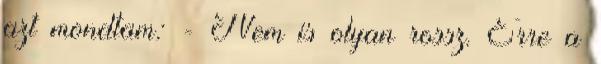
azt mondtam: - Nem is olyan rossz. Erre a